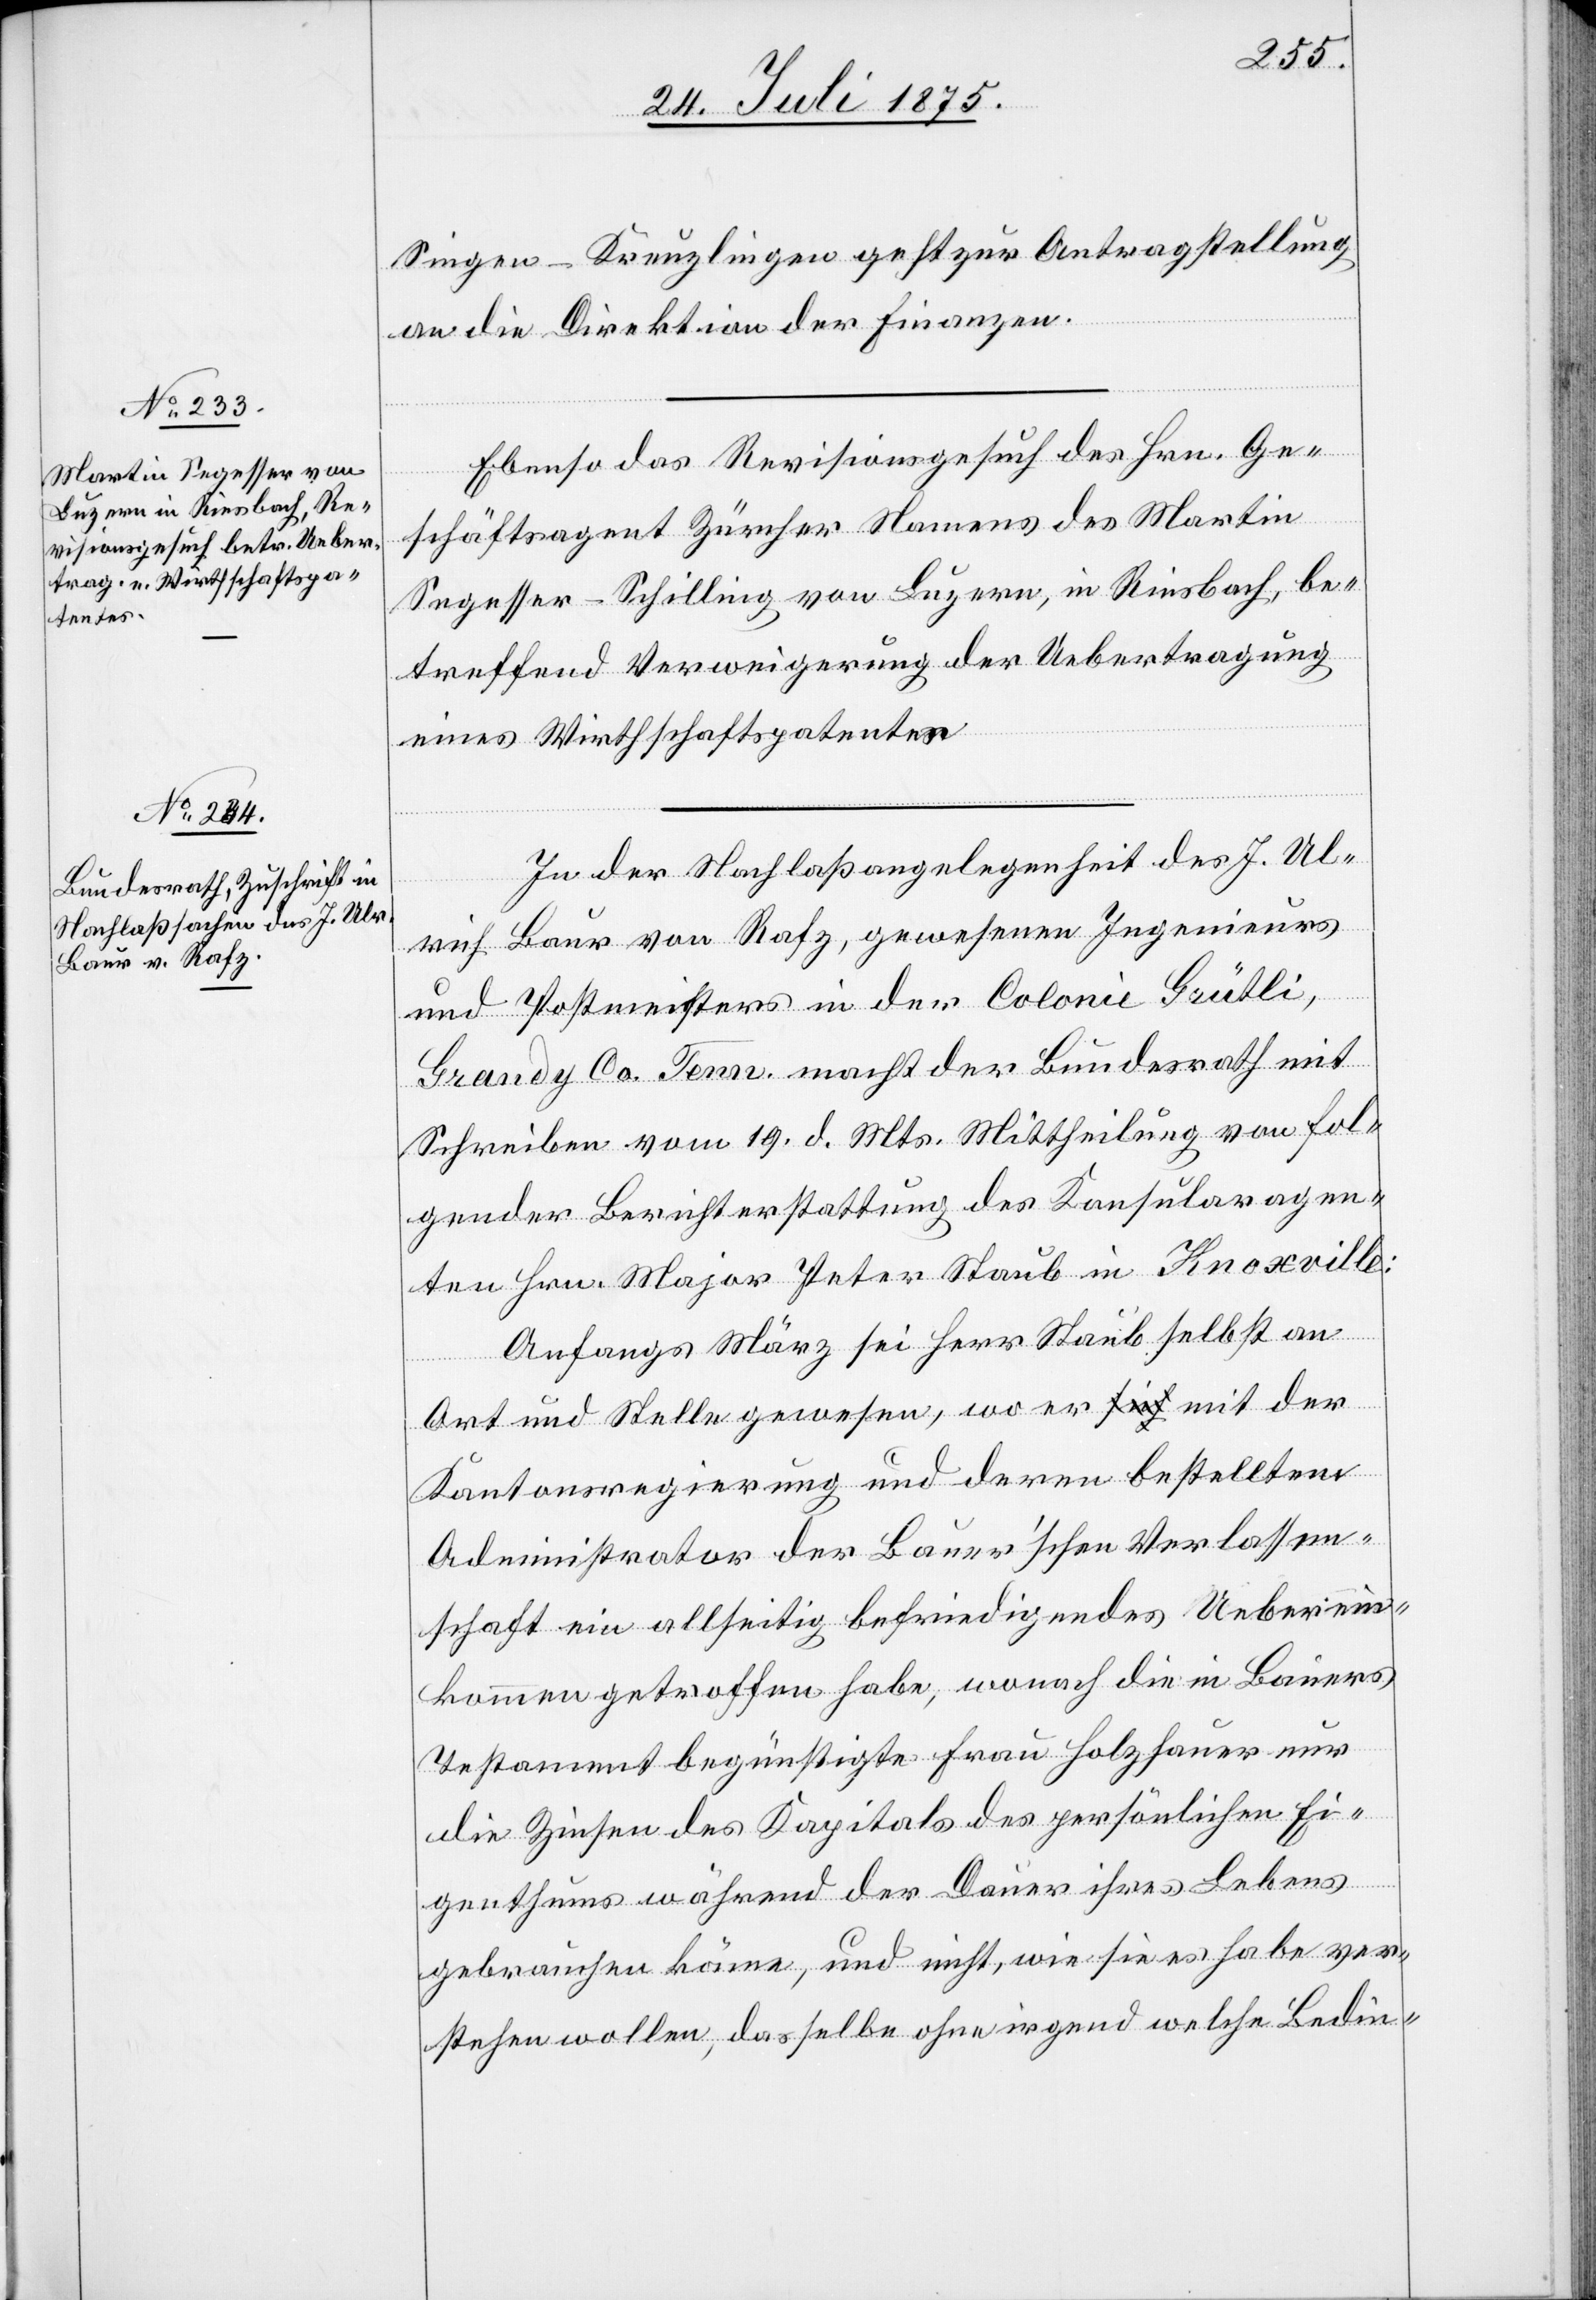
26. Juli 1875.]
Singen–Kreuzlingen geht zur Antragstellung
an die Direktion der Finanzen.
Ebenso das Revisionsgesuch des Hrn. Ge¬
schäftsagent Zürcher Namens des Martin
Segesser-Schilling von Luzern, in Riesbach, be¬
treffend Verweigerung der Uebertragung
eines Wirthschaftspatentes.
In der Nachlaßangelegenheit des J. Ul¬
rich Baur von Rafz, gewesenen Ingenieurs
und Postmeisters in der Colonie Grütli,
Grandy Co. Tenn. macht der Bundesrath mit
Schreiben vom 19. d. Mts. Mittheilung von fol¬
gender Berichterstattung des Konsularagen¬
ten Hrn. Major Peter Staub in Knoxville:
Anfangs März sei Herr Staub selbst an
Ort und Stelle gewesen, wo er mit der
Kantonsregierung und deren bestelltem
Administrator der Baur’schen Verlassen¬
schaft ein allseitig befriedigendes Ueberein¬
kommen getroffen habe, wonach die in Bauers
Testament begünstigte Frau Holzhauer nur
die Zinsen des Kapitals des persönlichen Ei¬
genthums während der Dauer ihres Lebens
gebrauchen könne, und nicht, wie sie es habe ver¬
stehen wollen, dasselbe ohne irgend welche Bedin-